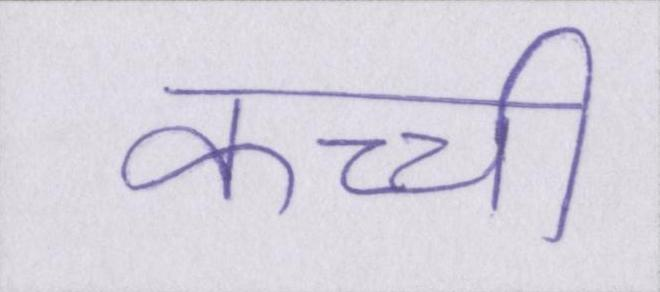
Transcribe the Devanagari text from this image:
कच्ची